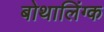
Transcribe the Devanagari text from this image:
बोथालिंग्क